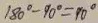
1 8 0 ^ { \circ } - 9 0 ^ { \circ } = 9 0 ^ { \circ }